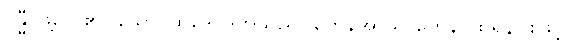
ဗန္ဓီ၊ ဖွဲ့လေ၏။ သော၊ ထိုဒေဝဒတ်သည်။ တေနအာဃာတေန၊ ထိုရန်ငြိုးဖြင့်။